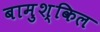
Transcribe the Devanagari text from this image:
बामुश्किल